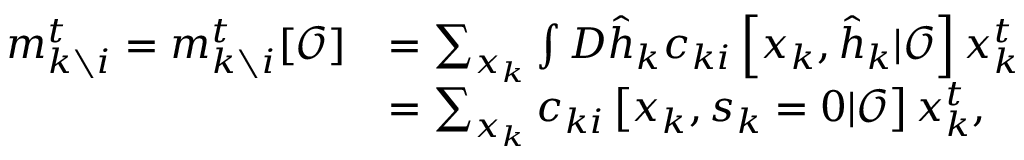
\begin{array} { r l } { m _ { k \setminus i } ^ { t } = m _ { k \setminus i } ^ { t } [ \boldsymbol { \mathcal { O } } ] } & { = \sum _ { \boldsymbol { x } _ { k } } \int D \hat { \boldsymbol { h } } _ { k } c _ { k i } \left[ \boldsymbol { x } _ { k } , \hat { \boldsymbol { h } } _ { k } | \boldsymbol { \mathcal { O } } \right] x _ { k } ^ { t } } \\ & { = \sum _ { \boldsymbol { x } _ { k } } c _ { k i } \left[ \boldsymbol { x } _ { k } , \boldsymbol { s } _ { k } = 0 | \boldsymbol { \mathcal { O } } \right] x _ { k } ^ { t } , } \end{array}